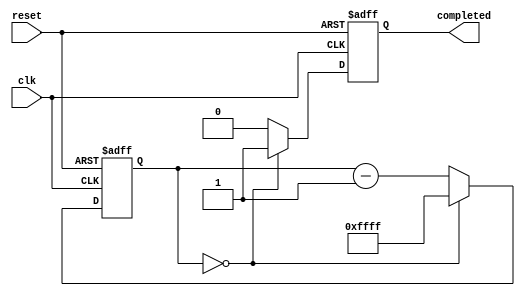
module countdown_timer (
    input wire clk,
    input wire reset,
    output reg completed
);

reg [15:0] counter;
parameter COUNTDOWN_VALUE = 65535; // Predefined countdown value

always @(posedge clk or posedge reset) begin
    if (reset) begin
        counter <= COUNTDOWN_VALUE ;
        completed <= 0;
    end else begin
        if (counter == 0) begin
            completed <= 1;
            counter <= COUNTDOWN_VALUE;
        end else begin
            counter <= counter - 1;
            completed <= 0;
        end
    end
end

endmodule